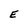
Character: E